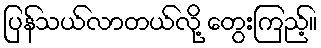
ပြန်သယ်လာတယ်လို့ တွေးကြည့်။